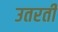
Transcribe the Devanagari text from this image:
उतरतीं